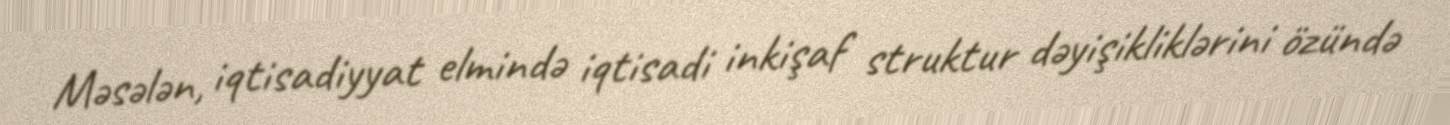
Məsələn, iqtisadiyyat elmində iqtisadi inkişaf struktur dəyişikliklərini özündə